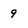
Character: 9